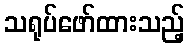
သရုပ်ဖော်ထားသည့်